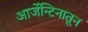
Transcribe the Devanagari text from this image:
आर्जेन्टिनातून